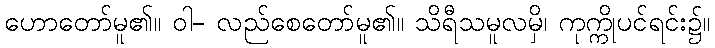
ဟောတော်မူ၏။ ဝါ- လည်စေတော်မူ၏။ သိရီသမူလမှိ၊ ကုက္ကိုပင်ရင်း၌။